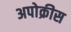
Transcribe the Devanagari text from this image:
अपोक्रीस